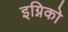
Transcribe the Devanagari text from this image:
इग्निको